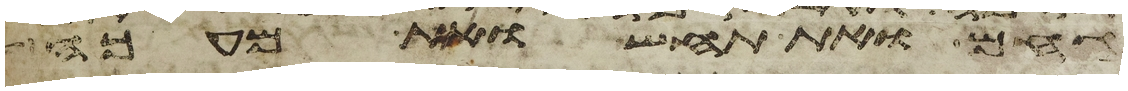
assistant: גחם ואת תחש ואת מעכה